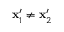
\mathbf { x } _ { 1 } ^ { \prime } \neq \mathbf { x } _ { 2 } ^ { \prime }